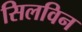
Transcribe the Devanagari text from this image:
सिलविन